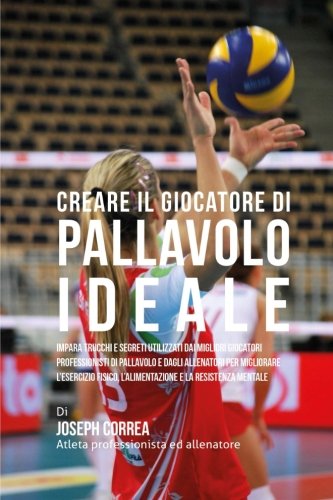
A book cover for Creare il Giocatore Di Pallavolo Ideale: Impara Trucchi E Segreti Utilizzati Dai Migliori Giocatori Professionisti Di Pallavolo E Dagli Allenatori Per ... E La Resistenza Mentale (Italian Edition); Joseph Correa (Atleta Professionista Ed Allenatore); Sports & Outdoors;